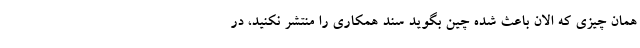
همان چیزی که الان باعث شده چین بگوید سند همکاری را منتشر نکنید، در